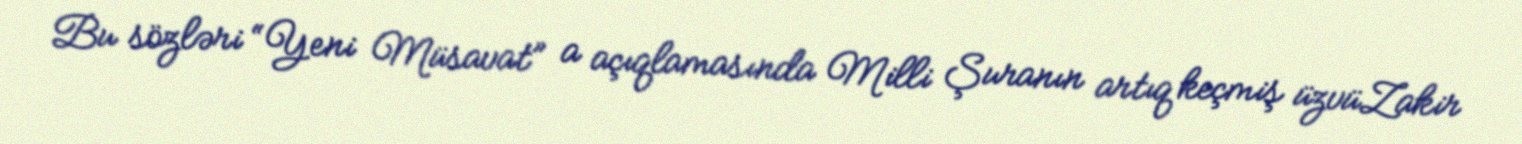
Bu sözləri “Yeni Müsavat” a açıqlamasında Milli Şuranın artıq keçmiş üzvüZakir